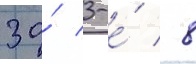
за́ 3-е́ / 8